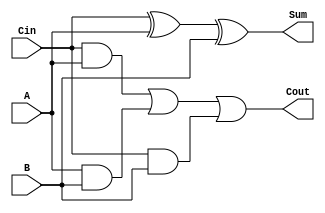
// Dataflow implementation of a single bit full adder
module fa (
  input Cin, A, B,
  output Cout, Sum
);

  assign Sum = Cin ^ A ^ B;
  assign Cout = ( Cin & A ) | ( A & B ) | ( Cin & B );

endmodule